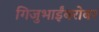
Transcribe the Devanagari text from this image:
गिजुभाईंबरोबर